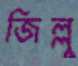
জিল্লু